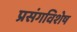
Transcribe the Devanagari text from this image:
प्रसंगविशेष